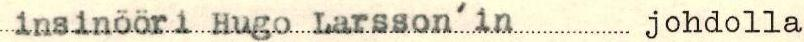
insinööri Hugo Larsso'in johdolla